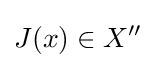
J(x)\in X^{\prime \prime }